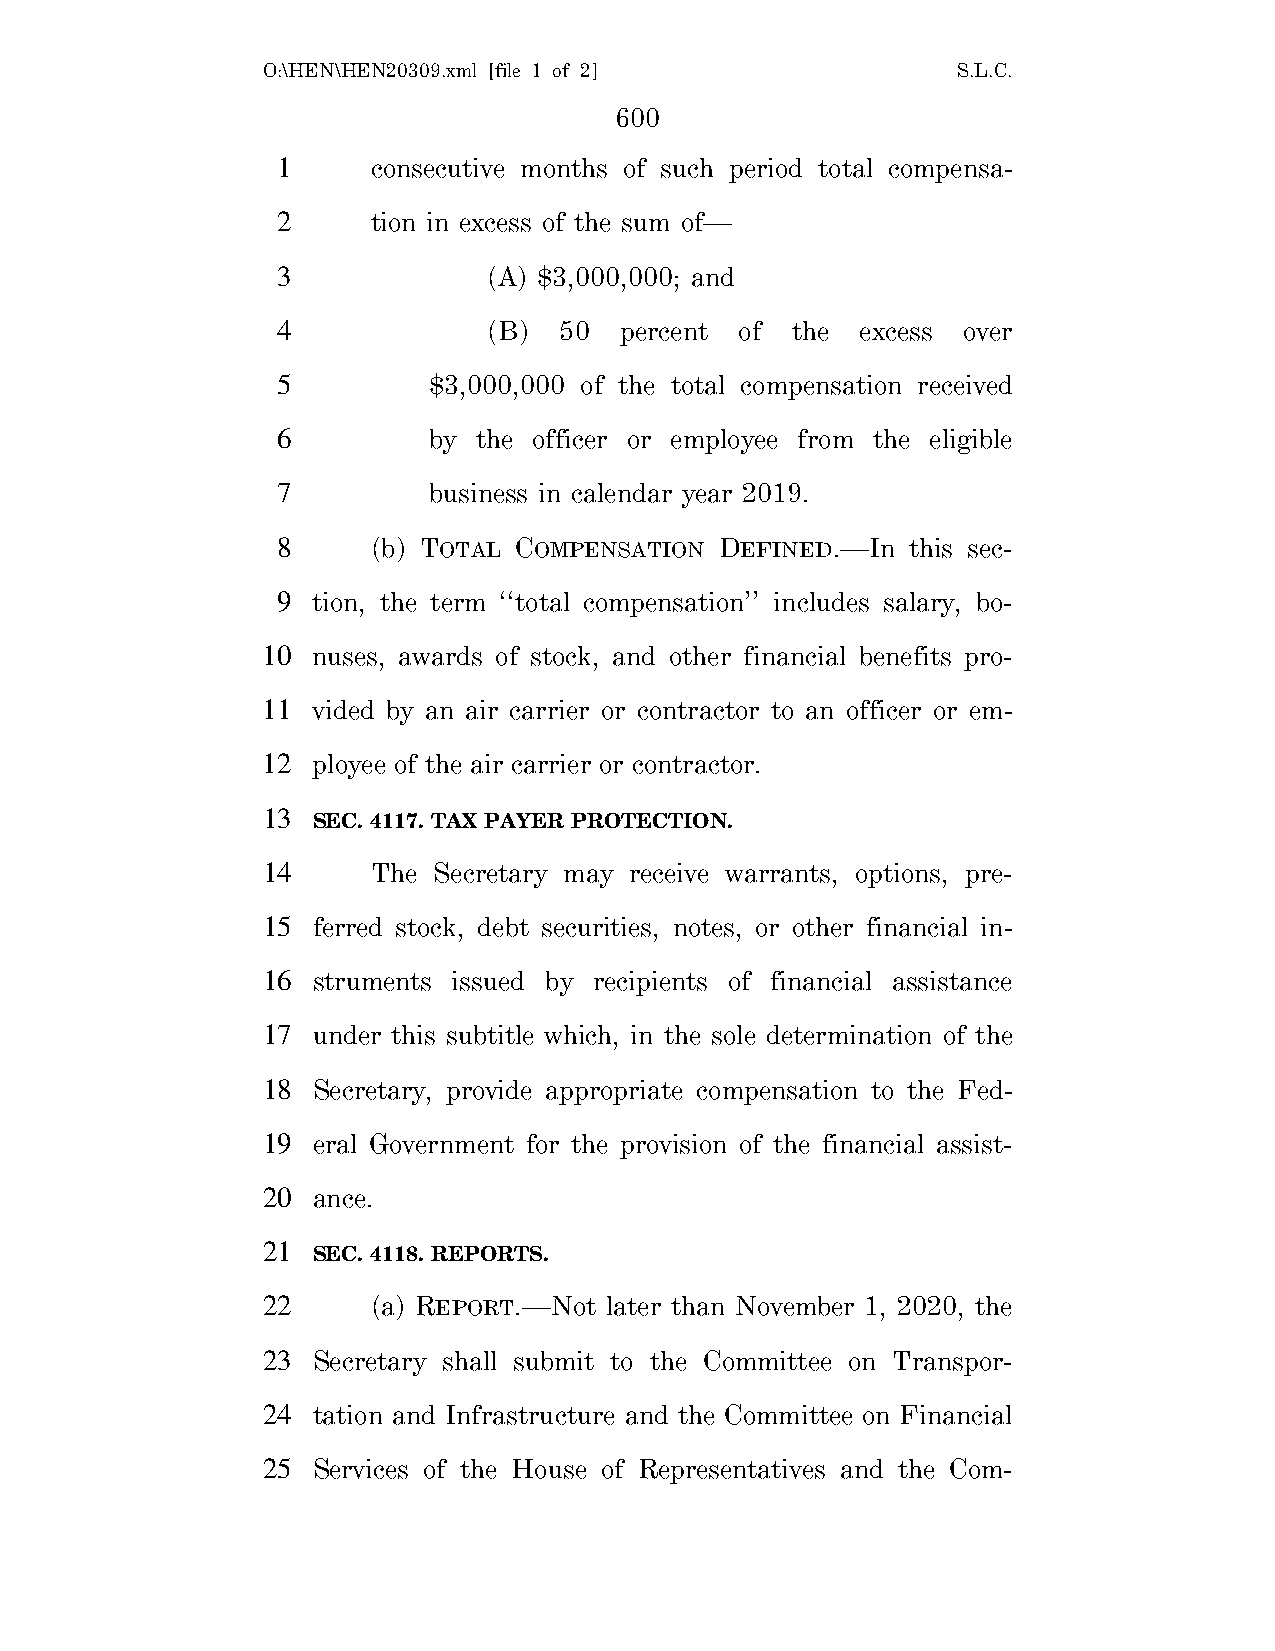
O:\HEN\HEN20309.xml [file 1 of 2]             S.L.C.
 600
 1      consecutive months of such period total compensa-
 2      tion in excess of the sum of—
 3             (A) $3,000,000; and
 4             (B)  50  percent of the  excess over
 5         $3,000,000 of the total compensation received
 6         by  the officer or employee from the eligible
 7         business in calendar year 2019.
 8      (b) TOTAL COMPENSATION DEFINED.—In this sec-
 9  tion, the term ‘‘total compensation’’ includes salary, bo-
 10  nuses, awards of stock, and other financial benefits pro-
 11  vided by an air carrier or contractor to an officer or em-
 12  ployee of the air carrier or contractor.
 13
 SEC. 4117. TAX PAYER PROTECTION.
 14      The Secretary may receive warrants, options, pre-
 15  ferred stock, debt securities, notes, or other financial in-
 16  struments issued by recipients of financial assistance
 17  under this subtitle which, in the sole determination of the
 18  Secretary, provide appropriate compensation to the Fed-
 19  eral Government for the provision of the financial assist-
 20  ance.
 21
 SEC. 4118. REPORTS.
 22      (a) REPORT.—Not later than November 1, 2020, the
 23  Secretary shall submit to the Committee on Transpor-
 24  tation and Infrastructure and the Committee on Financial
 25  Services of the House of Representatives and the Com-